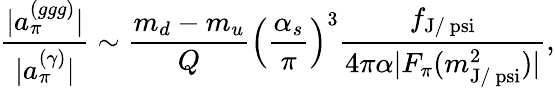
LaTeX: \frac{|a_{\pi}^{(ggg)}|}{|a_{\pi}^{(\gamma)}|}\sim{\frac{m_{d}-m_{u}}{Q}}\left({\frac{\alpha_{s}}{\pi}}\right)^{3}\frac{f_{\mathrm{J/\ psi}}}{4\pi\alpha|F_{\pi}(m_{\mathrm{J/\ psi}}^{2})|},